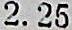
2.25